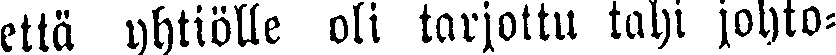
että yhtiölle oli tarjottu tahi johto-